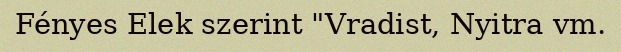
Fényes Elek szerint "Vradist, Nyitra vm.